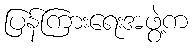
ပြန်ကြားရေးအဖွဲ့က